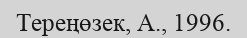
Тереңөзек, А., 1996.